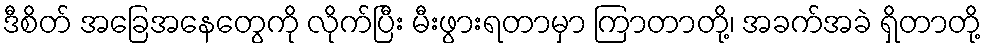
ဒီစိတ် အခြေအနေတွေကို လိုက်ပြီး မီးဖွားရတာမှာ ကြာတာတို့၊ အခက်အခဲ ရှိတာတို့